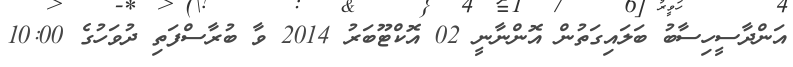
އަންދާސީހިސާބު ބަލައިގަތުން އޮންނާނީ 02 އޮކްޓޫބަރު 2014 ވާ ބުރާސްފަތި ދުވަހުގެ 10:00